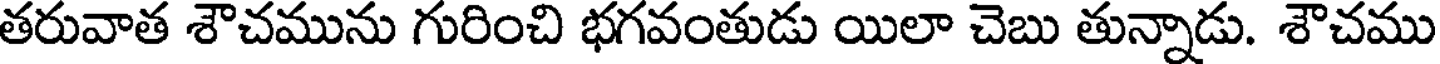
తరువాత శౌచమును గురించి భగవంతుడు యిలా చెబు తున్నాడు. శౌచము